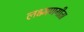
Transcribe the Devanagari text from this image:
लक्ष्मणगीता